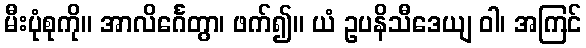
မီးပုံစုကို။ အာလိင်္ဂေတွာ၊ ဖက်၍။ ယံ ဥပနိသီဒေယျ ဝါ၊ အကြင်